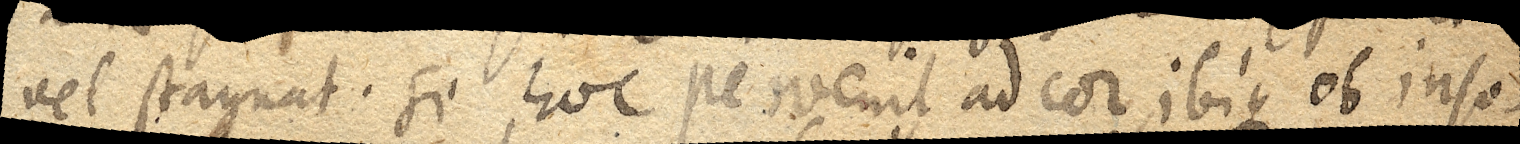
vel stagnat. Si hoc pervenit ad cor, ibique ob inso–